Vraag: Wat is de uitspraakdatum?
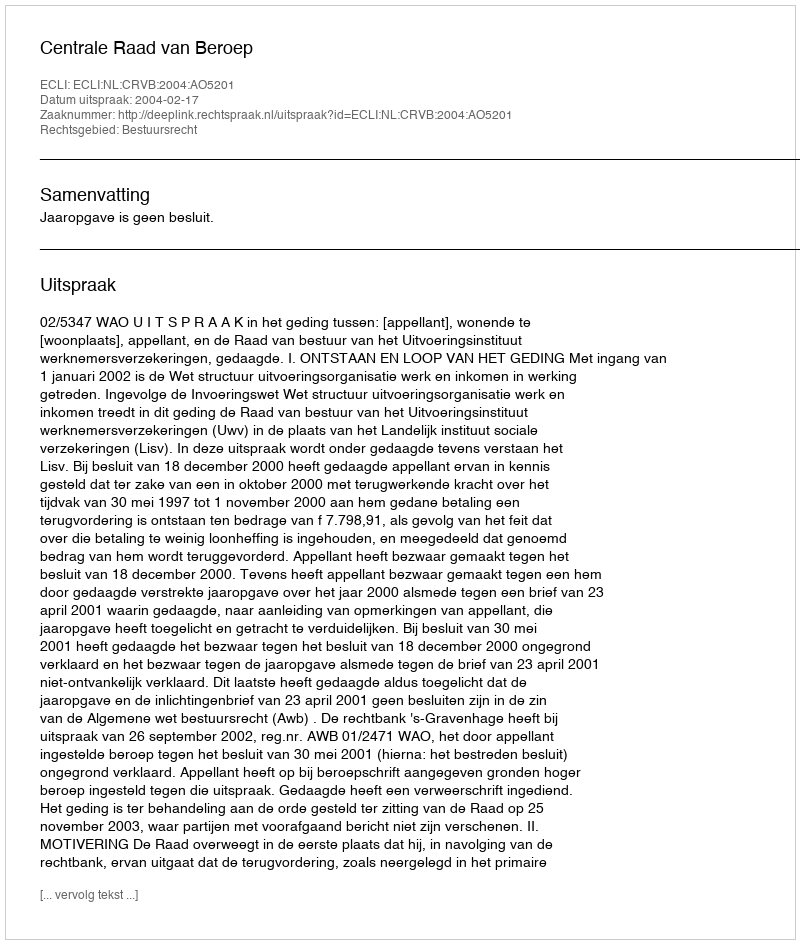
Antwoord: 2004-02-17